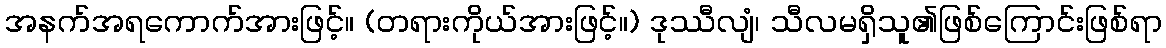
အနက်အရကောက်အားဖြင့်။ (တရားကိုယ်အားဖြင့်။) ဒုဿီလျံ၊ သီလမရှိသူ၏ဖြစ်ကြောင်းဖြစ်ရာ